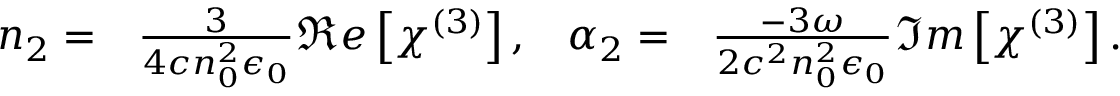
\begin{array} { r l r l } { n _ { 2 } = } & { { } \frac { 3 } { 4 c n _ { 0 } ^ { 2 } \epsilon _ { 0 } } \Re e \left[ \chi ^ { ( 3 ) } \right] , } & { \alpha _ { 2 } = } & { { } \frac { - 3 \omega } { 2 c ^ { 2 } n _ { 0 } ^ { 2 } \epsilon _ { 0 } } \Im m \left[ \chi ^ { ( 3 ) } \right] . } \end{array}